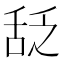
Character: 𬜆